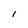
Character: l